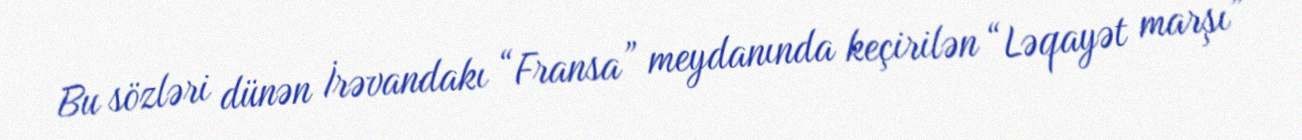
Bu sözləri dünən İrəvandakı “Fransa” meydanında keçirilən “Ləqayət marşı”